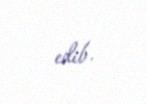
edib.